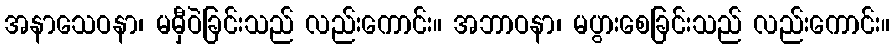
အနာသေဝနာ၊ မမှီဝဲခြင်းသည် လည်းကောင်း။ အဘာဝနာ၊ မပွားစေခြင်းသည် လည်းကောင်း။